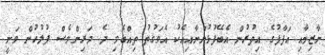
ނާޒިމާއި އަފާފުގެ އިތުރުން އެބޭފުޅުންނާއިއެކު އެވަގުތު ތިއްބެވި ދެ ދަރިންވެސް ފުލުހުން ވަނީ